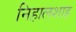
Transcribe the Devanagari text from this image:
निहालशाह